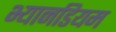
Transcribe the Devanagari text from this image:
भ्यानडियम